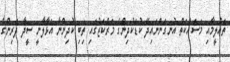
ތަޢްލީމާއި މަސައްކަތް އުނގަންނައިދޭ ކުޑަކުދިންގެ މަރްކަޒުގައި ތިބި ކުދިންނާ އަޅާލާނީ ސީދާ ދަރިންގެ